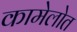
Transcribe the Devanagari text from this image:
कामेलोत